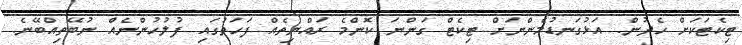
ޓިކެޓަކަށް ހެދުން. އަޅުގަނޑުމެންނަށް ޓިކެޓް ގަންނަ ކޮންމެ ރައްޔިތެއް ފަހަތުގައި ފުލުހުންނެއް ނުބޭތިއްބޭނެ.